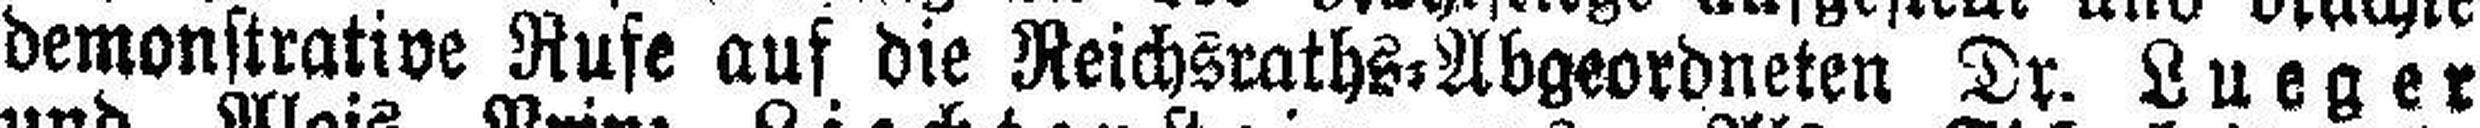
demonstrative Rufe auf die Reichsraths=Abgeordneten Dr. Lueger